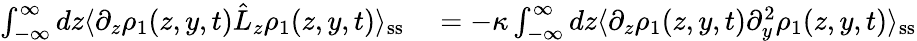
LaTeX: \begin{array}{rl}{\int_{-\infty}^{\infty}dz\langle\partial_{z}\rho_{1}(z,y,t)\hat{L}_{z}\rho_{1}(z,y,t)\rangle_{\mathrm{ss}}}&{{}=-\kappa\int_{-\infty}^{\infty}dz\langle\partial_{z}\rho_{1}(z,y,t)\partial_{y}^{2}\rho_{1}(z,y,t)\rangle_{\mathrm{ss}}}\end{array}